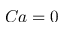
C a = 0